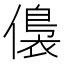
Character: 𱏕